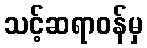
သင့်ဆရာဝန်မှ